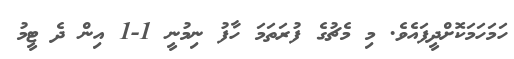
ހަމަހަމަކޮށްދީފައެވެ. މި މެޗުގެ ފުރަތަމަ ހާފު ނިމުނީ 1-1 އިން ދެ ޓީމު